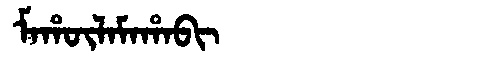
Manchu: ᠮᠠᡥᡡᠯᠠᠮᠠᡥᠠᠪᡳ
Romanization: MAHŪLAMAHABI